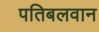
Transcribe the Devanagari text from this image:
पतिबलवान